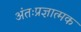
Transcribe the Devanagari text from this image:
अंतःप्रज्ञात्मक